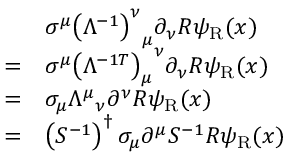
{ \begin{array} { r l } & { \sigma ^ { \mu } { \left( \Lambda ^ { - 1 } \right) ^ { \nu } } _ { \mu } \partial _ { \nu } R \psi _ { \mathrm { { R } } } ( x ) } \\ { = } & { \sigma ^ { \mu } { \left( \Lambda ^ { - 1 T } \right) _ { \mu } } ^ { \nu } \partial _ { \nu } R \psi _ { \mathrm { { R } } } ( x ) } \\ { = } & { \sigma _ { \mu } { \Lambda ^ { \mu } } _ { \nu } \partial ^ { \nu } R \psi _ { \mathrm { { R } } } ( x ) } \\ { = } & { \left( S ^ { - 1 } \right) ^ { \dagger } \sigma _ { \mu } \partial ^ { \mu } S ^ { - 1 } R \psi _ { \mathrm { { R } } } ( x ) } \end{array} }